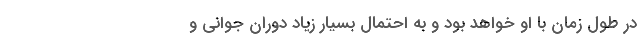
در طول زمان با او خواهد بود و به احتمال بسیار زیاد دوران جوانی و